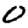
Digit: 0